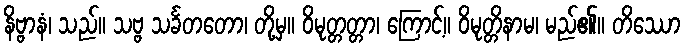
နိဗ္ဗာနံ၊ သည်။ သဗ္ဗ သင်္ခတတော၊ တို့မှ။ ဝိမုတ္တတ္တာ၊ ကြောင့်။ ဝိမုတ္တိနာမ၊ မည်၏။ တိဿော